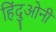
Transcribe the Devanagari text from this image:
हिंदुओनी